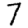
Digit: 7